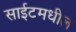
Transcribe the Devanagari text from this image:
साईटमधील